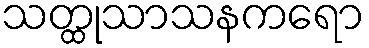
သတ္ထုသာသနကရော